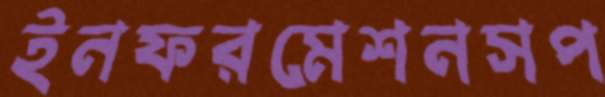
ইনফরমেশনসপ